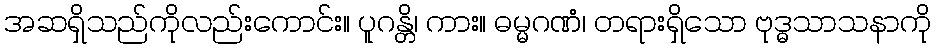
အဆရှိသည်ကိုလည်းကောင်း။ ပူဂန္တိ၊ ကား။ ဓမ္မဂဏံ၊ တရားရှိသော ဗုဒ္ဓသာသနာကို